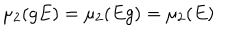
LaTeX: \mu _ { 2 } ( g E ) = \mu _ { 2 } ( E g ) = \mu _ { 2 } ( E )